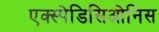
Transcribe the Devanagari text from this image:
एक्स्पेडिसिओनिस